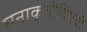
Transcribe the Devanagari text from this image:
घनाकृतींविषयीं